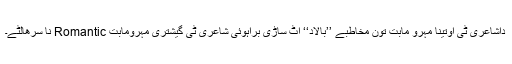
داشاعری ٹی اوتینا مہرو مابت تون مخاطبے ’’بالاد‘‘ اٹ ساڑی براہوئی شاعری ٹی گیشتری مہرومابت Romantic نا سرھالٹے۔